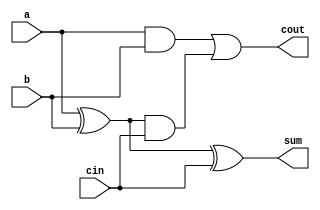
//design
//gate level modeling 
module fadder(input a,b,cin,output sum ,cout);
  wire w1,w2,w3;
  xor(w1,a,b);
  xor(sum,w1,cin);
  and(w2,a,b);
  and(w3,w1,cin);
  or(cout,w2,w3);
endmodule

module ripple_carry_adder(input [3:0] a,b,input cin,output [3:0] sum,output cout);
  wire c1,c2,c3;
  fadder f0(.a(a[0]),.b(b[0]),.cin(cin),.sum(sum[0]),.cout(c1));
  fadder f1(.a(a[1]),.b(b[1]),.cin(c1),.sum(sum[1]),.cout(c2));
  fadder f2(.a(a[2]),.b(b[2]),.cin(c2),.sum(sum[2]),.cout(c3));
  fadder f3(.a(a[3]),.b(b[3]),.cin(c3),.sum(sum[3]),.cout(cout));
endmodule